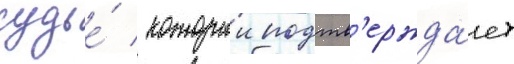
судье́ / которыи подтв'ержда́ет